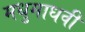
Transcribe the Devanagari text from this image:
मधुमाधवी